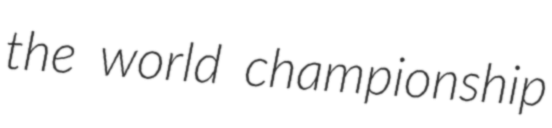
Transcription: the world championship